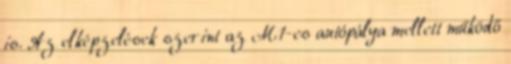
is. Az elképzelések szerint az M1-es autópálya mellett működő